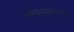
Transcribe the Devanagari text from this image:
सम्बन्धकारक